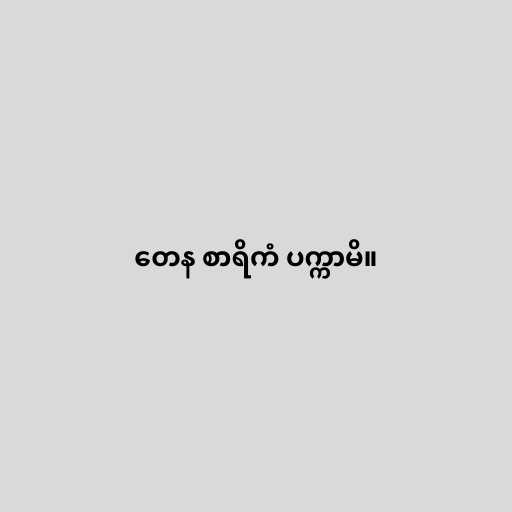
တေန စာရိကံ ပက္ကာမိ။